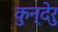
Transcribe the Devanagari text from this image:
कुन्देरु